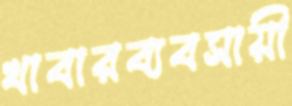
খাবারব্যবসায়ী